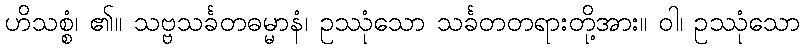
ဟိသစ္စံ၊ ၏။ သဗ္ဗသင်္ခတဓမ္မာနံ၊ ဥဿုံသော သင်္ခတတရားတို့အား။ ဝါ၊ ဥဿုံသော